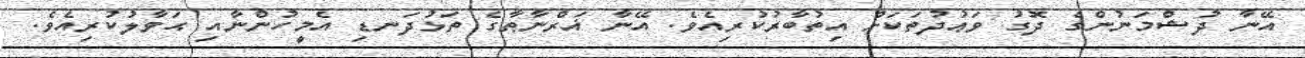
އޭނާ ދުޝްމަނުންގެ ދޮގު ވަޢުދުތަކަށް އިތުބާރުކުރިއެވެ. އޭނާ ޣަރްނާޠާގެ ތަޅުދަނޑި އެމީހުންނާއި ޙަވާލުކުރިއެވެ.